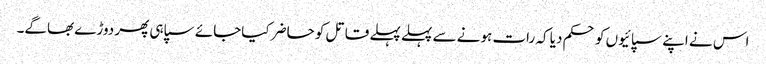
اس نے اپنے سپائیوں کو حکم دیا کہ رات ہونے سے پہلے پہلے قاتل کو حاضر کیاجائے سپاہی پھر دوڑے بھاگے۔